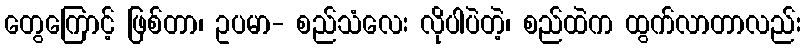
တွေကြောင့် ဖြစ်တာ၊ ဥပမာ- စည်သံလေး လိုပါပဲတဲ့၊ စည်ထဲက ထွက်လာတာလည်း